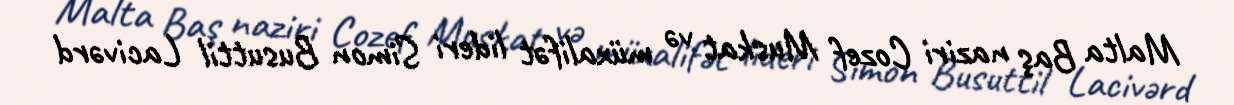
Malta Baş naziri Cozef Muskat və müxalifət lideri Simon Busuttil Lacivərd